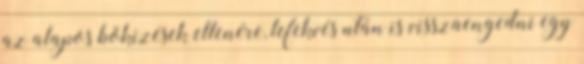
az alapos bökizések ellenére, lefekvés után is visszaengedni egy